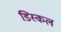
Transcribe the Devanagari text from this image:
डिस्कल